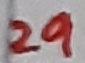
Text: 29